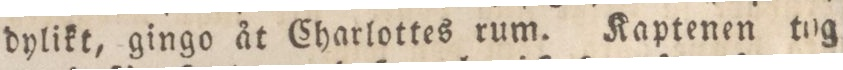
dylikt, gingo åt Charlottes rum. Kaptenen tog